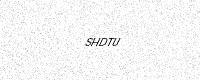
Text: SHDTU